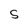
Character: S